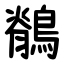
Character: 鶺